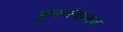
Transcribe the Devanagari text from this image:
पुनर्नवासव